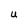
Character: U